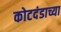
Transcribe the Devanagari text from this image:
कोटदंडाच्या